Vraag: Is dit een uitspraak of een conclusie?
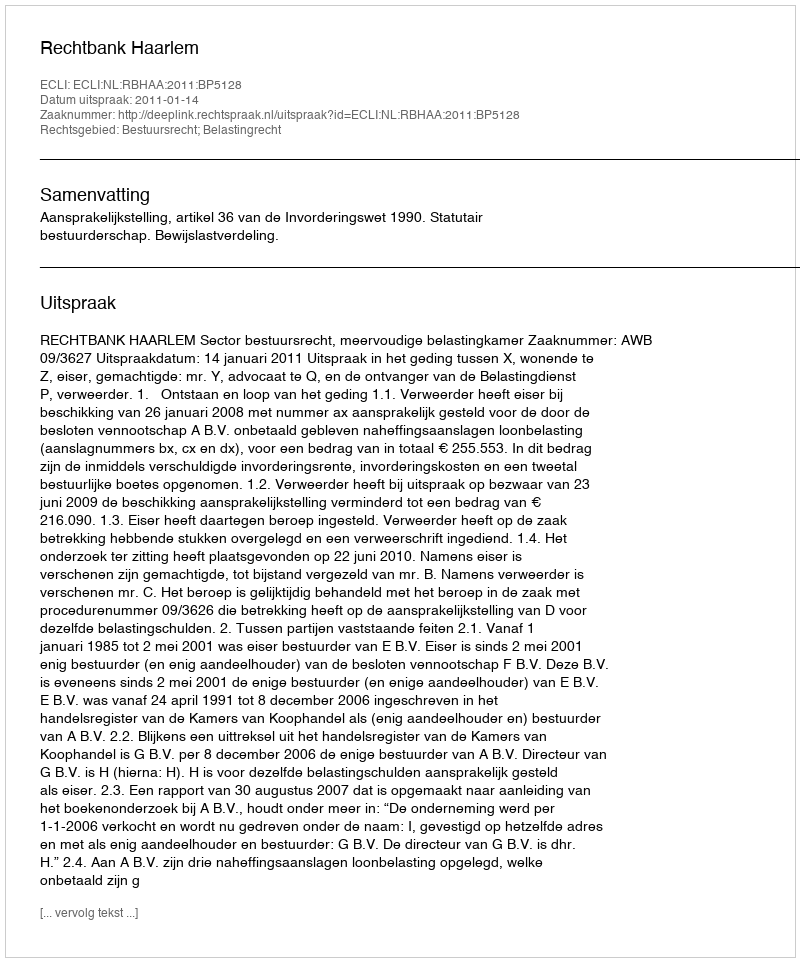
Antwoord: Uitspraak